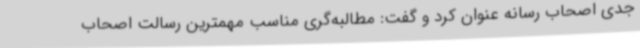
جدی اصحاب رسانه عنوان کرد و گفت: مطالبه‌گری مناسب مهمترین رسالت اصحاب